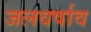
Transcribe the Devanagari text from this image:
जलवर्षाव